Scottish Leaving Certificate Examination, 1960
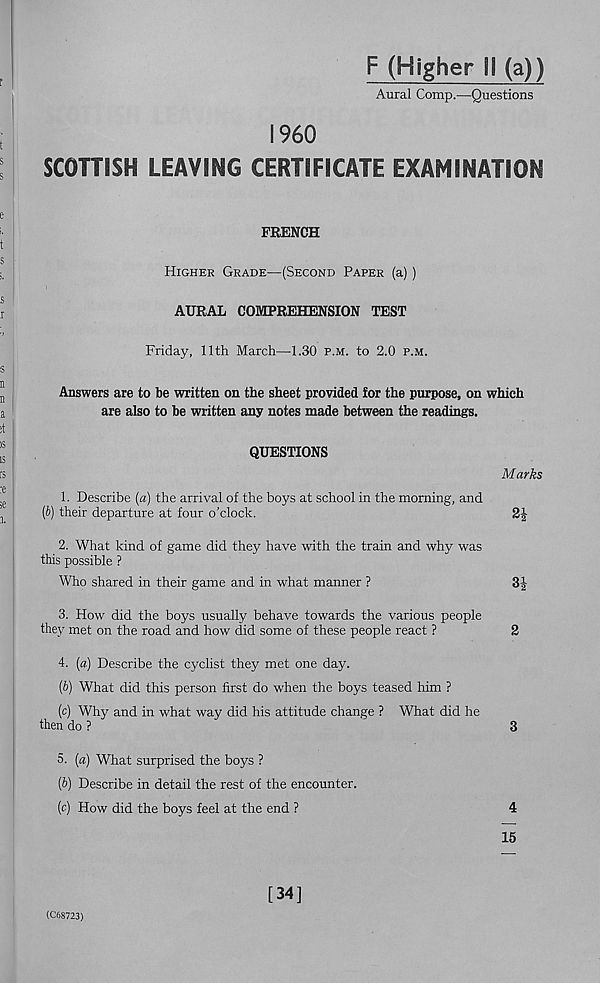
F (Higher II (a))
Aural Comp.—Questions
I960
SCOTTISH LEAVING CERTIFICATE EXAMINATION
FRENCH
Higher Grade—(Second Paper (a))
AURAL COMPREHENSION TEST
Friday, 11th March—1.30 p.m. to 2.0 p.m.
Answers are to be written on the sheet provided for the purpose, on which
are also to be written any notes made between the readings.
QUESTIONS
Marks
1. Describe [a) the arrival of the boys at school in the morning, and
(2>) their departure at four o’clock.
2|
2. What kind of game did they have with the train and why was
this possible ?
Who shared in their game and in what manner ?
3|
3. How did the boys usually behave towards the various people
they met on the road and how did some of these people react ?
2
4. (a) Describe the cyclist they met one day.
{b) What did this person first do when the boys teased him ?
(c) Why and in what way did his attitude change ? What did he
then do ?
3
5. (a) What surprised the boys ?
(b) Describe in detail the rest of the encounter.
(c) How did the boys feel at the end ?
4
15
(C68723)
[34]